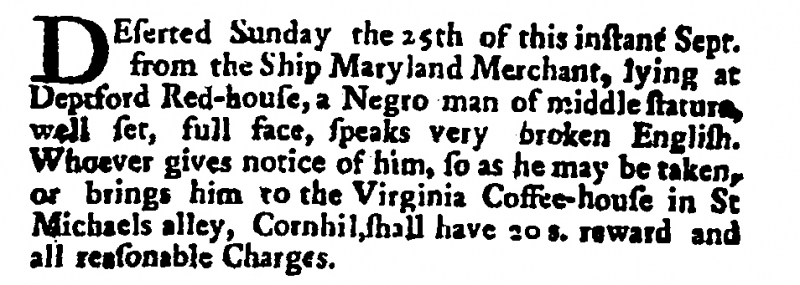
Post Man and the Historical Account, 2 October 1701 (England)
DEserted Sunday the 25th of this instant Sept. from the Ship Maryland Merchant, lying at Deptford Red-house, a Negro man of middle stature, well set, full face, speaks very broken English. Whoever gives notice of him, so as he may be taken, or brings him to the Virginia Coffee-house in St Michaels alley, Cornhil, shall have 20 s. reward and all reasonable Charges.